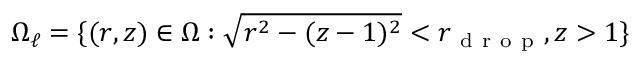
\Omega _ { \ell } = \{ ( r , z ) \in \Omega : \sqrt { r ^ { 2 } - ( z - 1 ) ^ { 2 } } < r _ { \mathrm { ~ d ~ r ~ o ~ p ~ } } , z > 1 \}